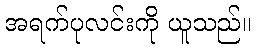
အရက်ပုလင်းကို ယူသည်။